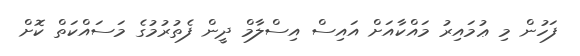
ފަހުން މި ޢުމައިރު މައްކާއަށް އައިސް އިސްލާމް ދީން ފެތުރުމުގެ މަސައްކަތް ކޮށް